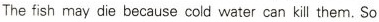
The fish may die because cold water can kill them.So